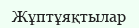
Жұптұяқтылар